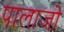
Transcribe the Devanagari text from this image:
पालाजो